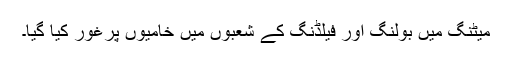
میٹنگ میں بولنگ اور فیلڈنگ کے شعبوں میں خامیوں پرغور کیا گیا۔